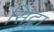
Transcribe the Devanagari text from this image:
सिट्का